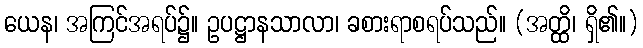
ယေန၊ အကြင်အရပ်၌။ ဥပဋ္ဌာနသာလာ၊ ခစားရာစရပ်သည်။ (အတ္ထိ၊ ရှိ၏။)